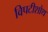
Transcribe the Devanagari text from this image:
विपटीशोथ